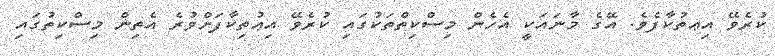
ކުރެވޭ އިޢތުކާފެވެ. އޭގެ މާނައަކީ އެހެން މިސްކިތްތަކުގައި ކުރެވޭ އިޢުތިކާފަށްވުރެ އެތިން މިސްކިތުގައި